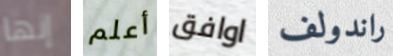
إنها أعلم اوافق راندولف